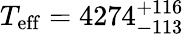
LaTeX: T_{\mathrm{eff}}=4274_{-113}^{+116}